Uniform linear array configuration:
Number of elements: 24
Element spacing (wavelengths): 0.75
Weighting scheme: cosine
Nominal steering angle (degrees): -30
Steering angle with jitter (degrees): -31.72
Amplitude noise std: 0.05
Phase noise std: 0.05

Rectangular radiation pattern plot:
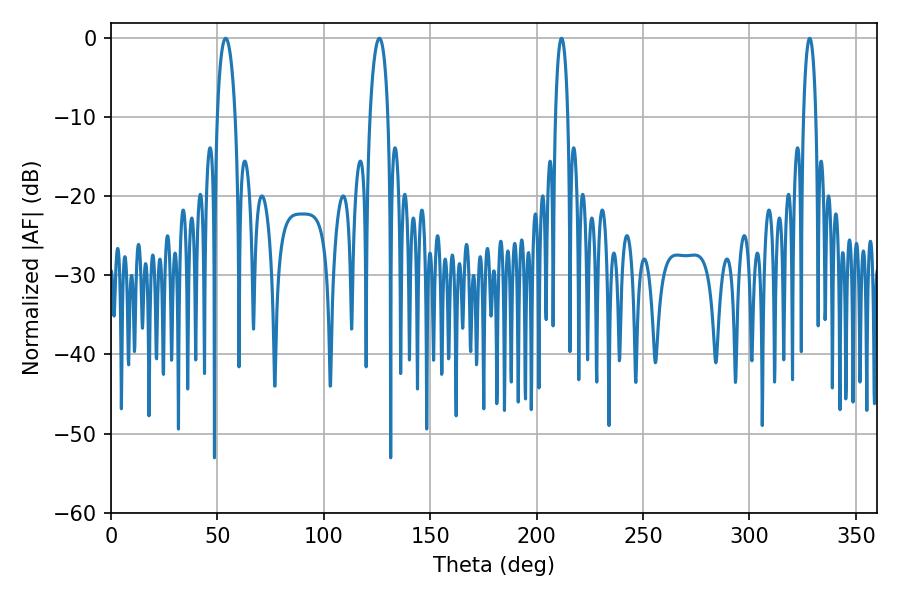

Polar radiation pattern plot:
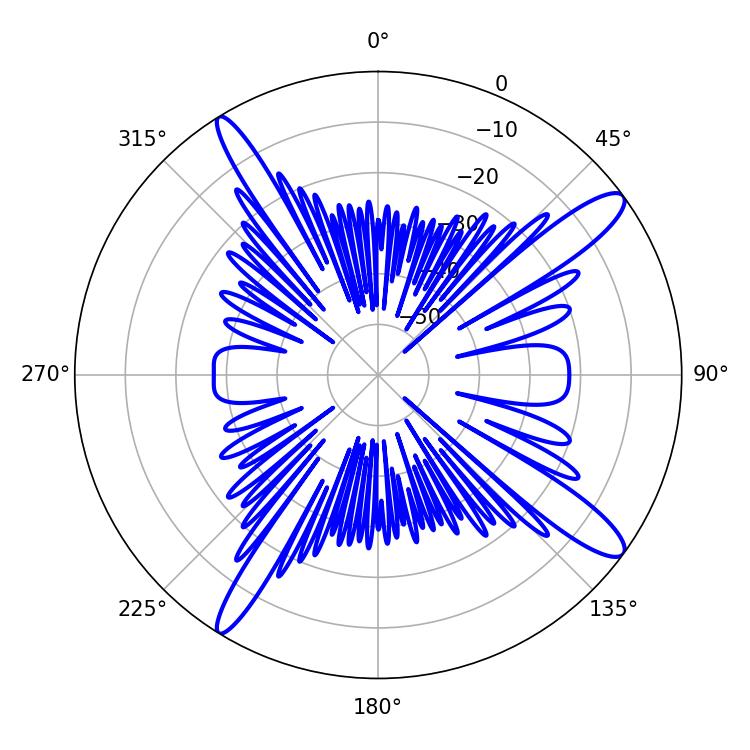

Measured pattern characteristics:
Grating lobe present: TRUE
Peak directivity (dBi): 13.775
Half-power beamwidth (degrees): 3.24
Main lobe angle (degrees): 211.68